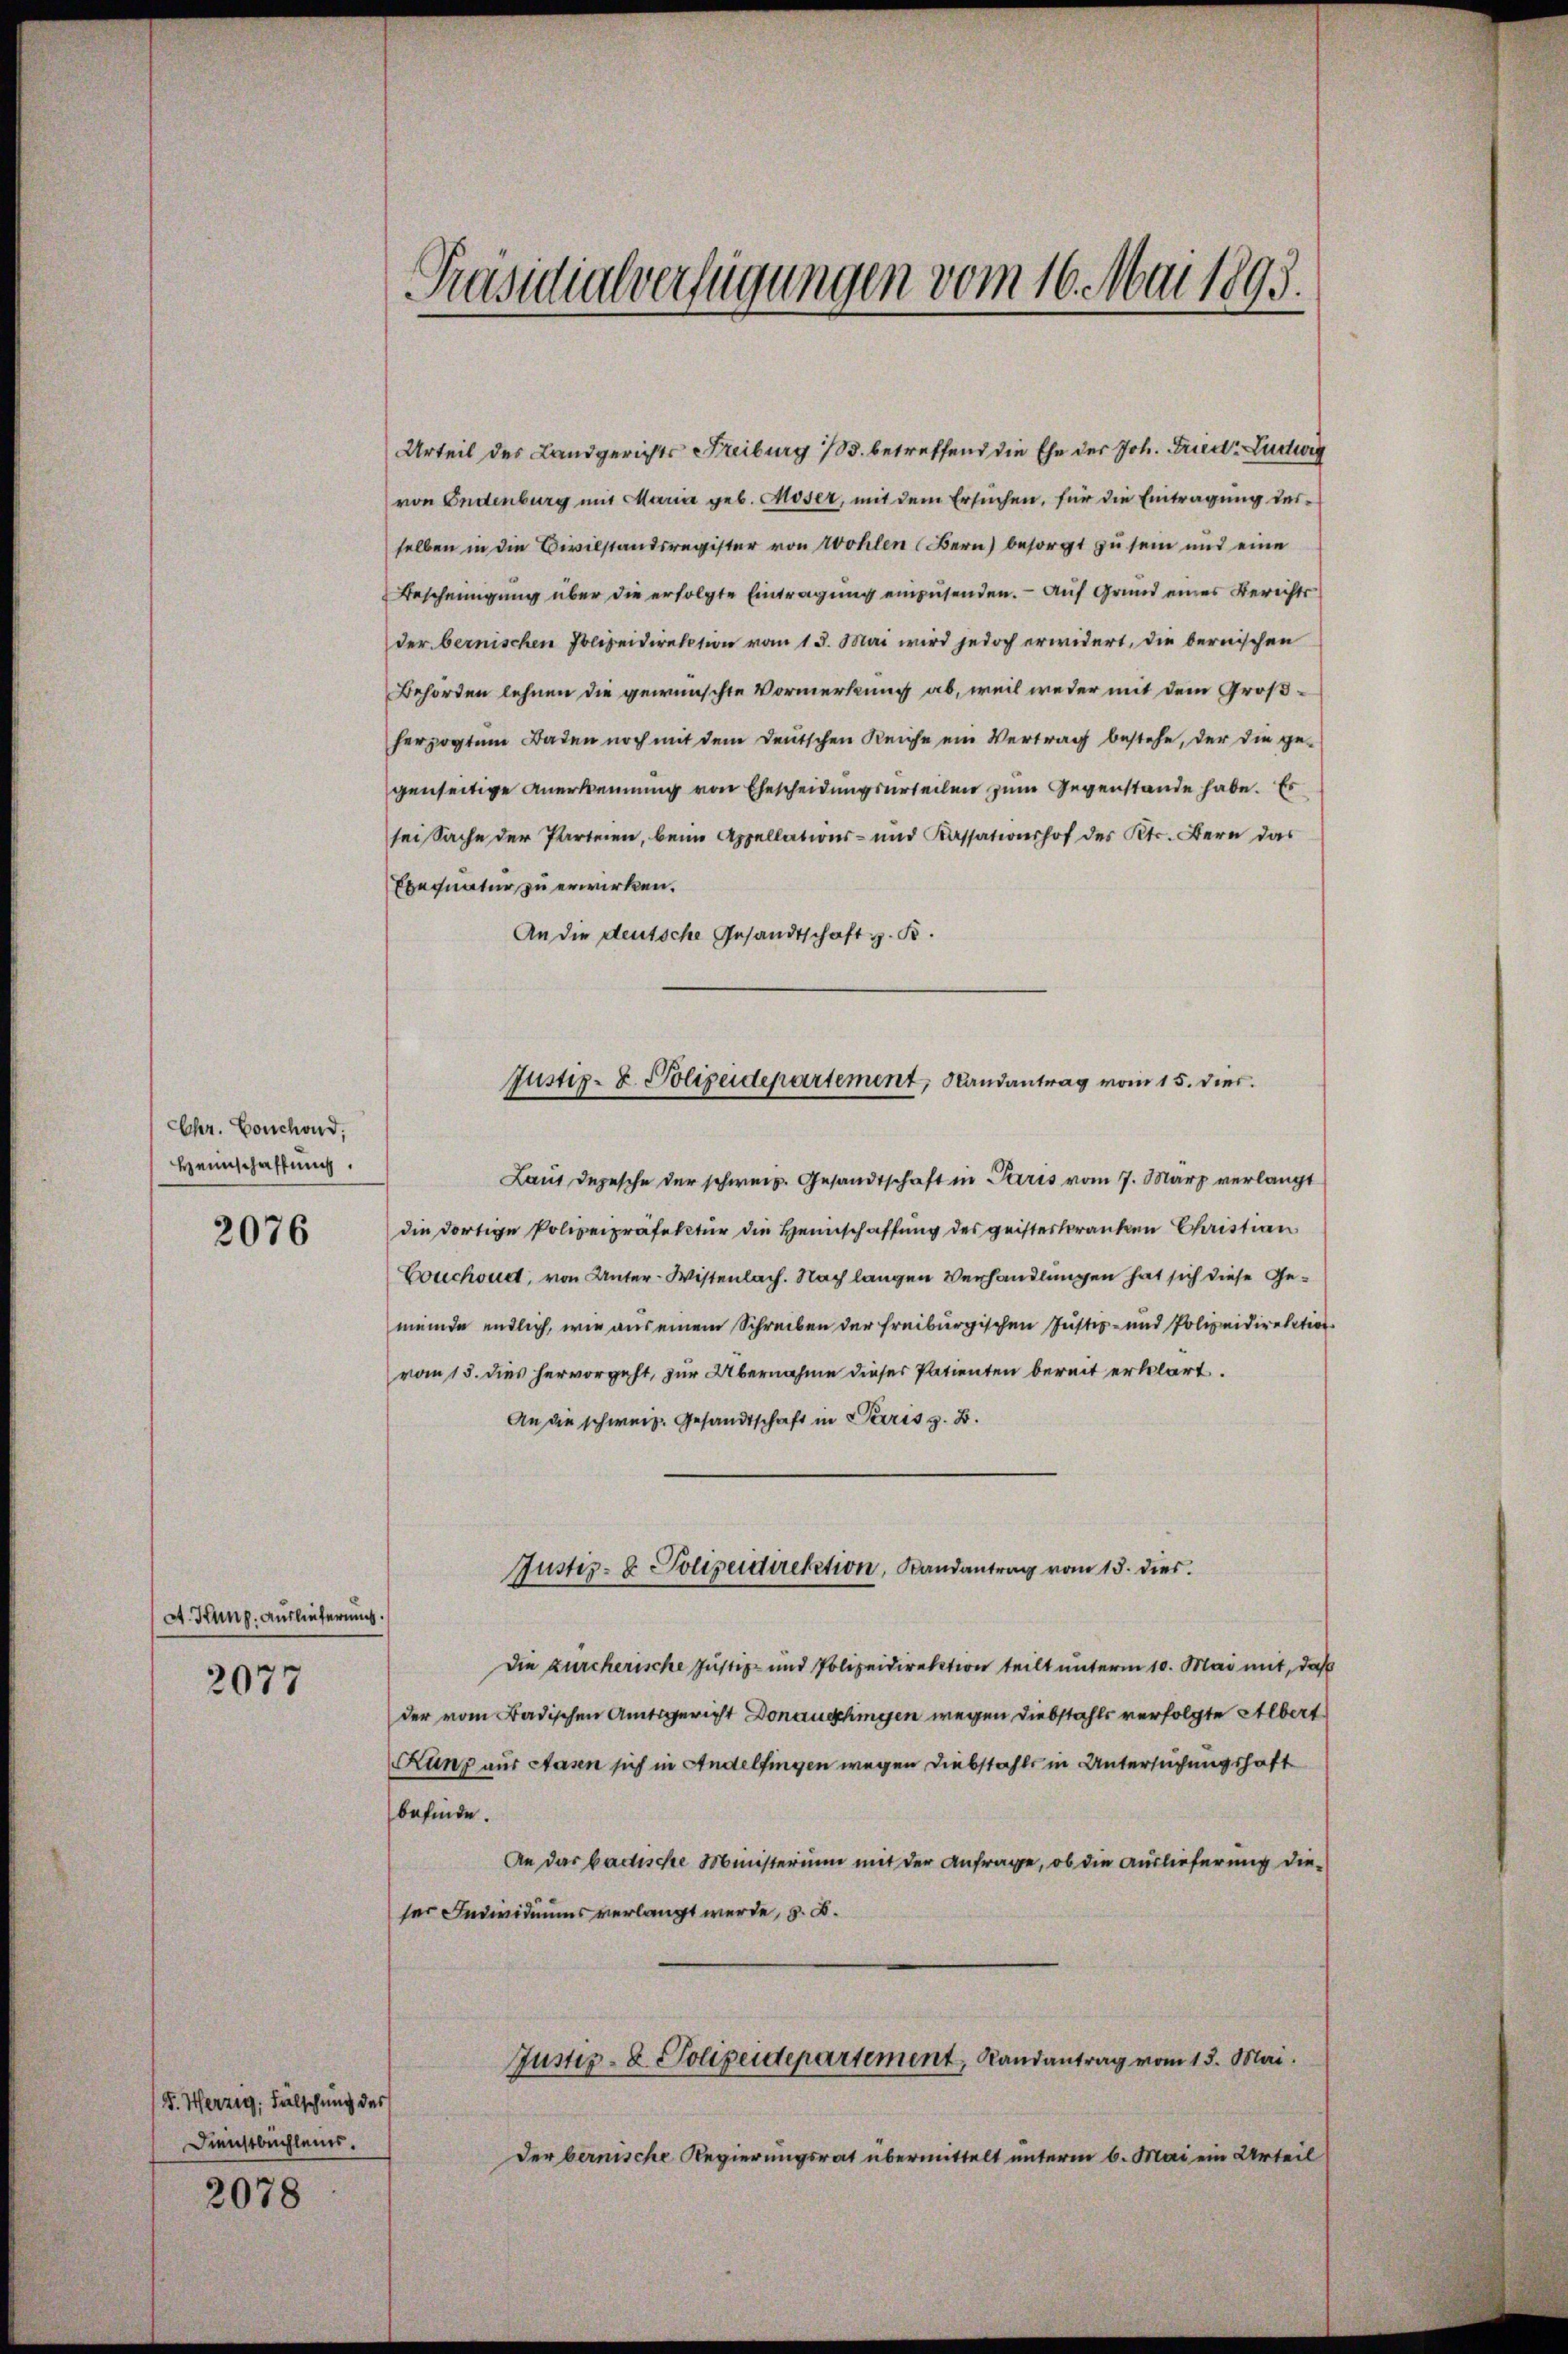
Chr. Conchard,
Heimschaffung.

2076

A. Kunz. Auslieferung.

2077

F. Herzig, Fälschung des
Dienstbuchlein.

2078

Präsidialverfügungen vom 16. Mai 1893.

Urteil des Landgerichts Freiburg 13. betreffend die Ehe der Joh. Fried Ludwig
von Endenburg mit Maria geb. Moser, mit dem Ersuchen, für die Eintragung desselben in die Civilstandsregister von Wohlen Bern) besorgt zu sein und eine
Bescheinigung über die erfolgte Eintragung einzusenden. — Auf Grund eines Berichts
der bernischen Polizeidirektion vom 13. Mai wird jedoch erwidert, die bernischen
Behörden lehnen die gewünschte Vormerkung ab, weil weder mit dem Großherzogtum Baden noch mit dem deutschen Reiche ein Vertrag bestehe, der die ge-
genseitige Anerkennung von Ehescheidungsurteilen zum Gegenstande habe. Es
sei Sache der Parteien, beim Appellations- und Kassationshof des Kts. Bern das
egnatur zu erwirken.
An die deutsche Gesandtschaft z. B.
Laut Depesche der schweiz. Gesandtschaft in Paris vom 7. März verlangt
die dortige Polizeipräfectur die Heimschaffung des geisterkranken Christian
Couchoudt, von Unter-Wistenlach. Nach langen Verhandlungen hat sich diese Gemeinde endlich, wie aus einem Schreiben der freiburgischen Justiz- und Polizeidirektion
vom 15. dies hervorgeht, zur Übernahme dieses Patienten bereit erklärt.
An die schweiz. Gesandtschrift in Paris z. B.
Justiz- & Polizeidirektion, Randantrag vom 15. dies
Die zürcherische Justiz- und Polizeidirektion teilt unterm 10. Mai mit, daß
der vom Badischen Amtsgericht Donaushingen wegen Diebstahls verfolgte Albert
Kunz aus Rasen sich in Andelfingen wegen Diebstahls in Untersuchungshaft
befinde.
An das badische Ministerium mit der Anfrage, ob die Auslieferung die-
ser Individuums verlangt werde, z. B.
Justiz- & Polizeidepartement, Randantrag vom 13. Mai.
der bernische Regierungsrat übermittelt unterm 6. Mai ein Urteil

Justiz- u. Polizeidepartement, Randantrag vom 15. dies